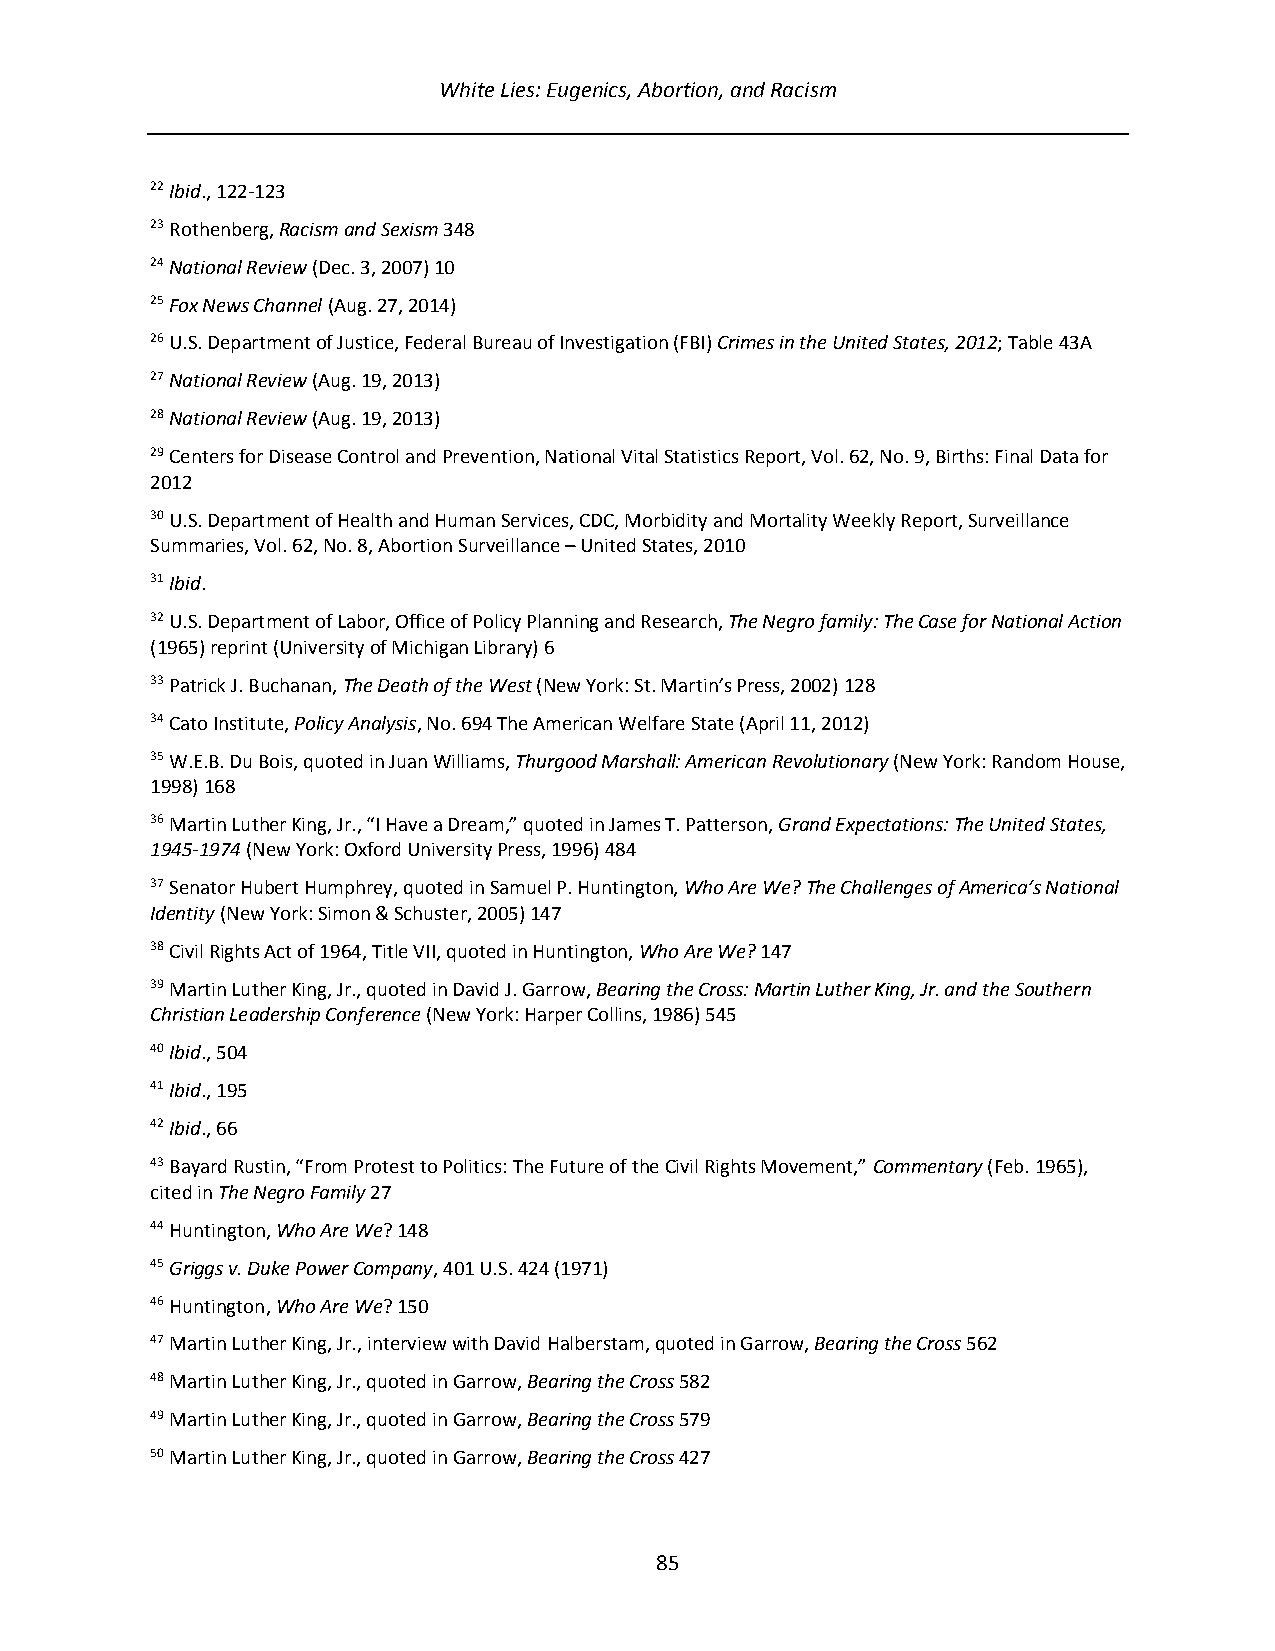
White Lies: Eugenics, Abortion, and Racism
 22 Ibid., 122-123
 23 Rothenberg, Racism and Sexism 348
 24 National Review (Dec. 3, 2007) 10
 25 Fox News Channel (Aug. 27, 2014)
 26 U.S. Department of Justice, Federal Bureau of Investigation (FBI) Crimes in the United States, 2012; Table 43A
 27 National Review (Aug. 19, 2013)
 28 National Review (Aug. 19, 2013)
 29 Centers for Disease Control and Prevention, National Vital Statistics Report, Vol. 62, No. 9, Births: Final Data for
 2012
 30 U.S. Department of Health and Human Services, CDC, Morbidity and Mortality Weekly Report, Surveillance
 Summaries, Vol. 62, No. 8, Abortion Surveillance – United States, 2010
 31 Ibid.
 32 U.S. Department of Labor, Office of Policy Planning and Research, The Negro family: The Case for National Action
 (1965) reprint (University of Michigan Library) 6
 33 Patrick J. Buchanan, The Death of the West (New York: St. Martin’s Press, 2002) 128
 34 Cato Institute, Policy Analysis, No. 694 The American Welfare State (April 11, 2012)
 35 W.E.B. Du Bois, quoted in Juan Williams, Thurgood Marshall: American Revolutionary (New York: Random House,
 1998) 168
 36 Martin Luther King, Jr., “I Have a Dream,” quoted in James T. Patterson, Grand Expectations: The United States,
 1945-1974 (New York: Oxford University Press, 1996) 484
 37 Senator Hubert Humphrey, quoted in Samuel P. Huntington, Who Are We? The Challenges of America’s National
 Identity (New York: Simon & Schuster, 2005) 147
 38 Civil Rights Act of 1964, Title VII, quoted in Huntington, Who Are We? 147
 39 Martin Luther King, Jr., quoted in David J. Garrow, Bearing the Cross: Martin Luther King, Jr. and the Southern
 Christian Leadership Conference (New York: Harper Collins, 1986) 545
 40 Ibid., 504
 41 Ibid., 195
 42 Ibid., 66
 43 Bayard Rustin, “From Protest to Politics: The Future of the Civil Rights Movement,” Commentary (Feb. 1965),
 cited in The Negro Family 27
 44 Huntington, Who Are We? 148
 45 Griggs v. Duke Power Company, 401 U.S. 424 (1971)
 46 Huntington, Who Are We? 150
 47 Martin Luther King, Jr., interview with David Halberstam, quoted in Garrow, Bearing the Cross 562
 48 Martin Luther King, Jr., quoted in Garrow, Bearing the Cross 582
 49 Martin Luther King, Jr., quoted in Garrow, Bearing the Cross 579
 50 Martin Luther King, Jr., quoted in Garrow, Bearing the Cross 427
 85